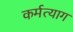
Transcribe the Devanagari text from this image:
कर्मत्याग